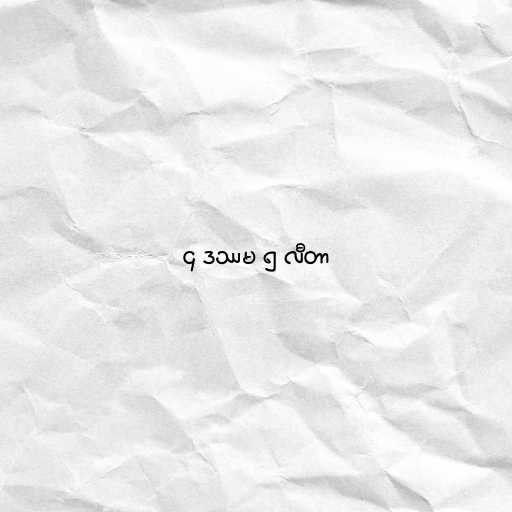
၄ ဒဿမ ၅ လီတာ